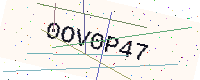
Text: 0OV0P47